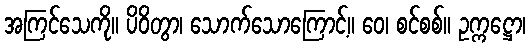
အကြင်သေကို။ ပိဝိတွာ၊ သောက်သောကြောင့်။ ဝေ၊ စင်စစ်။ ဥက္ကဋ္ဌော၊